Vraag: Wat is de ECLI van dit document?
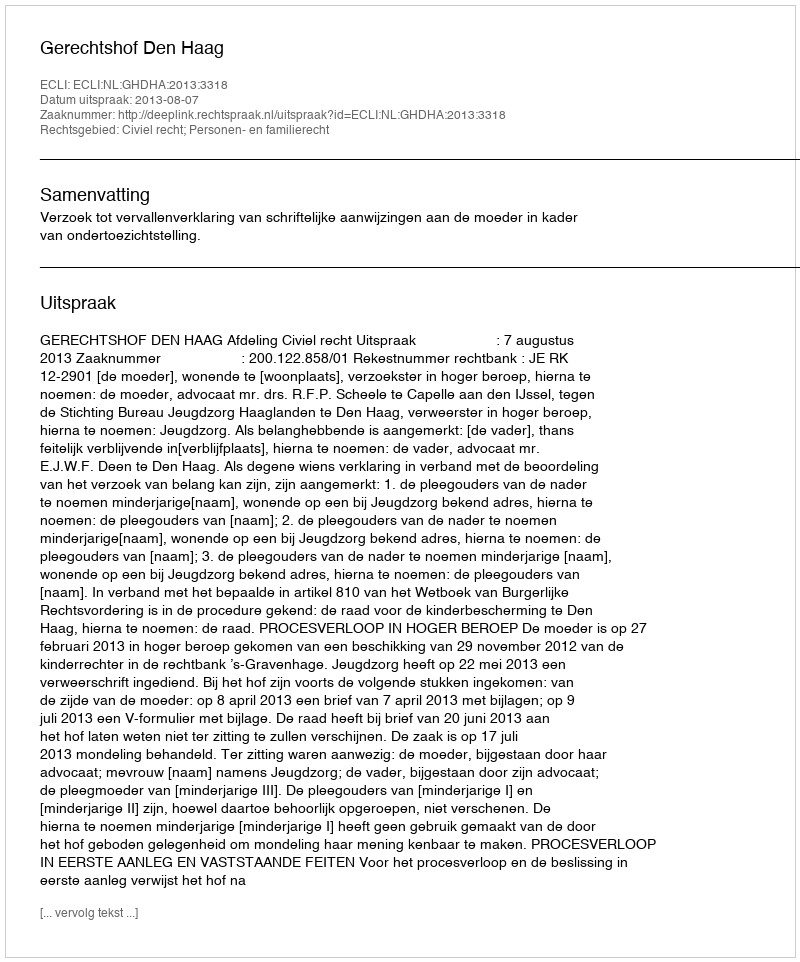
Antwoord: ECLI:NL:GHDHA:2013:3318